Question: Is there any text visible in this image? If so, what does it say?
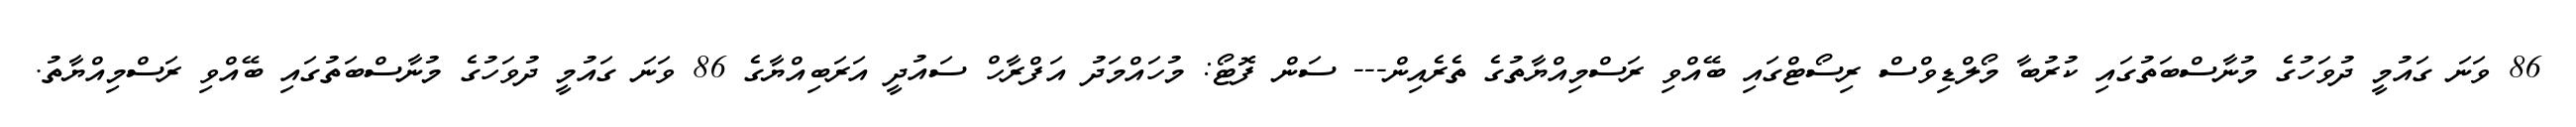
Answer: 86 ވަނަ ގައުމީ ދުވަހުގެ މުނާސްބަތުގައި ކުރުބާ މޯލްޑިވްސް ރިސޯޓްގައި ބޭއްވި ރަސްމިއްޔާތުގެ ތެރެއިން--- ސަން ފޮޓޯ: މުހައްމަދު އަފްރާހް ސައުދީ އަރަބިއްޔާގެ 86 ވަނަ ގައުމީ ދުވަހުގެ މުނާސްބަތުގައި ބޭއްވި ރަސްމިއްޔާތު.